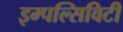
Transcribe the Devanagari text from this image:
इम्पल्सिविटी